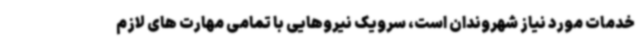
خدمات مورد نیاز شهروندان است، سرویک نیروهایی با تمامی مهارت های لازم